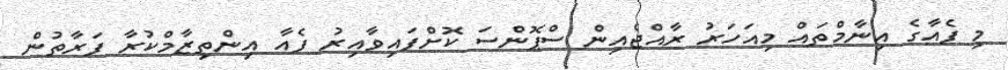
މި ފެއާގެ އިނާމްތައް މިއަހަރު ރާއްޖެއިން ސްޕޮންސަ ކޮށްފައިވާއިރު ފެއާ އިންތިޒާމްކުރާ ފަރާތުން